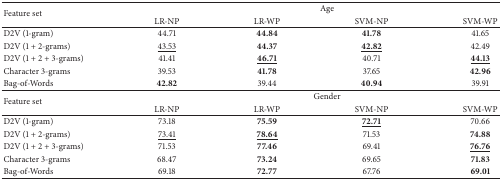
<table><thead><tr><td rowspan="2"><b>Feature set </b></td><td colspan="4"><b>Age</b></td></tr><tr><td><b>LR-NP</b></td><td><b>LR-WP</b></td><td><b>SVM-NP</b></td><td><b>SVM-WP</b></td></tr></thead><tbody><tr><td> D2V (1-gram) </td><td>44.71</td><td><b>44.84</b></td><td><b>41.78</b></td><td>41.65</td></tr><tr><td>D2V (1 + 2-grams) </td><td><underline>43.53</underline></td><td><b>44.37</b></td><td><b><underline>42.82</underline></b></td><td>42.49</td></tr><tr><td>D2V (1 + 2 + 3-grams) </td><td>41.41</td><td><b><underline>46.71</underline></b></td><td>40.71</td><td><b><underline>44.13</underline></b></td></tr><tr><td>Character 3-grams </td><td>39.53</td><td><b>41.78</b></td><td>37.65</td><td><b>42.96</b></td></tr><tr><td>Bag-of-Words </td><td><b>42.82</b></td><td>39.44</td><td><b>40.94</b></td><td>39.91</td></tr><tr><td rowspan="2">Feature set </td><td colspan="4">Gender</td></tr><tr><td>LR-NP</td><td>LR-WP</td><td>SVM-NP</td><td>SVM-WP</td></tr><tr><td> D2V (1-gram) </td><td>73.18</td><td><b>75.59</b></td><td><b><underline>72.71</underline></b></td><td>70.66</td></tr><tr><td>D2V (1 + 2-grams) </td><td><underline>73.41</underline></td><td><b><underline>78.64</underline></b></td><td>71.53</td><td><b>74.88</b></td></tr><tr><td>D2V (1 + 2 + 3-grams) </td><td>71.53</td><td><b>77.46</b></td><td>69.41</td><td><b><underline>76.76</underline></b></td></tr><tr><td>Character 3-grams </td><td>68.47</td><td><b>73.24</b></td><td>69.65</td><td><b>71.83</b></td></tr><tr><td>Bag-of-Words </td><td>69.18</td><td><b>72.77</b></td><td>67.76</td><td><b>69.01</b></td></tr></tbody></table>